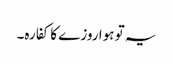
یہ تو ہوا روزے کا کفارہ۔